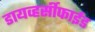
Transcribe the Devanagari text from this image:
डायव्हर्सीफाईड